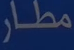
مطار